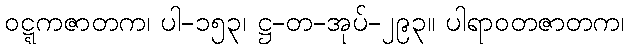
ဝဋ္ဋကဇာတက၊ ပါ-၁၅၃၊ ဋ္ဌ-တ-အုပ်-၂၉၃။ ပါရာဝတဇာတက၊